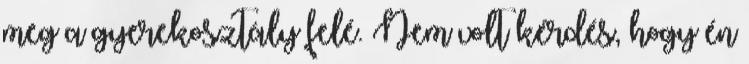
meg a gyerekosztály felé. Nem volt kérdés, hogy én